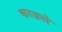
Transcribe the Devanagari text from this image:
काज़ले